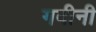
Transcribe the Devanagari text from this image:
गवीनी